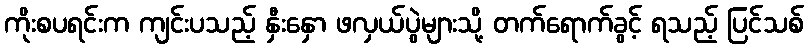
ကိုးစပရင်းက ကျင်းပသည့် နှီးနှော ဖလှယ်ပွဲများသို့ တက်ရောက်ခွင့် ရသည့် ပြင်သစ်